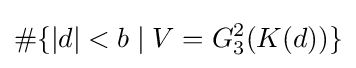
\#\{|d|<b\mid V=G_{3}^{2}(K(d))\}